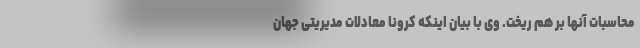
محاسبات آنها بر هم ریخت. وی با بیان اینکه کرونا معادلات مدیریتی جهان